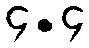
၄.၄